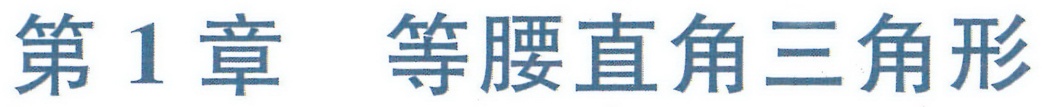
第1章  等腰直角三角形